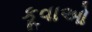
કૂવાઓ